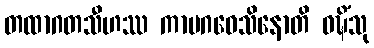
တထာဂတသီဟဿ ကာမဂဝေသိနောတိ ဝဍ္ဎိံသု